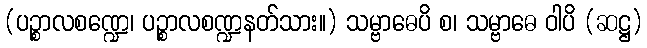
(ပဉ္စာလစဏ္ဍေ၊ ပဉ္စာလစဏ္ဍနတ်သား။) သမ္ဗာဓေပိ စ၊ သမ္ဗာဓေ ဝါပိ (ဆဋ္ဌ)